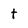
Character: t